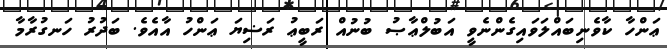
ޢަންހާ ކާވެނިބައްލަވައިގެންނެވީ އަބުލްޢާޞު ބުނުއް ރަބީޢު ރަޟިޔަ ޢަންހު އާއެވެ. ބަދުރު ހަނގުރާމާ